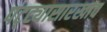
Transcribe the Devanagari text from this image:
पट्ट्यासारखाच